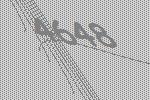
4648